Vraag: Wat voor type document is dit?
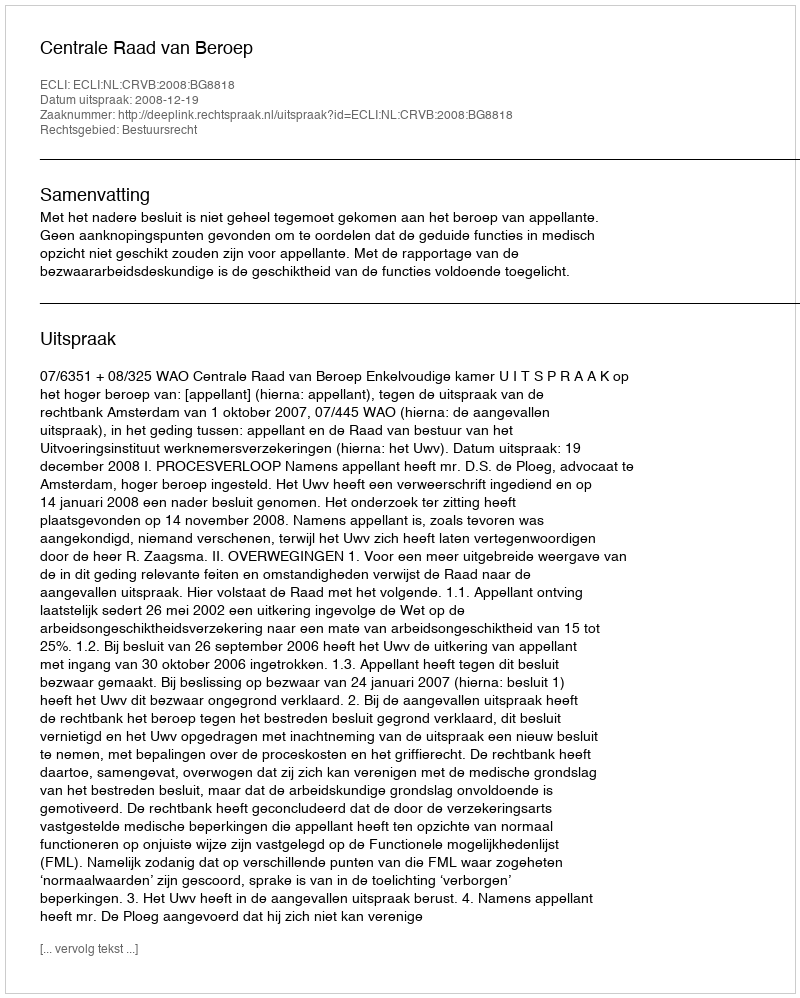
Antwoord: Uitspraak